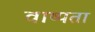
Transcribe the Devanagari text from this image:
वाष्पता